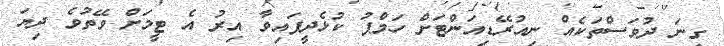
ގިނަ ދުވަސްތަކެއް ނިއުރޭޑިއަންޓަށް ހަމްޕު ކުޅެދީފައިވާ އިރު އެ ޓީމަށް ވޭތުވެ ދިޔަ